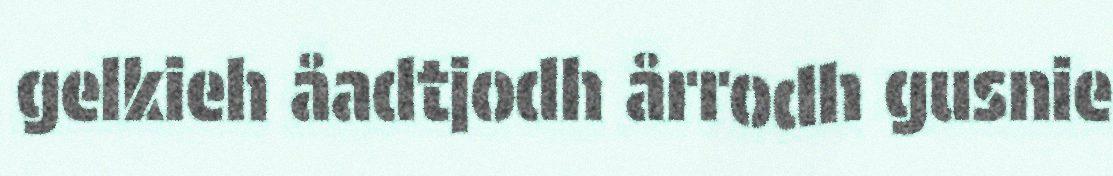
gelkieh åadtjodh årrodh gusnie